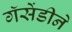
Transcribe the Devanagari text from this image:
गॅसेंडीने